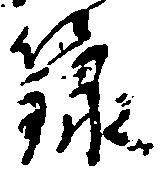
＊